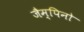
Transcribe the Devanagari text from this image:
जैम्पिनो